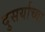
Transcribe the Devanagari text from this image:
दुसर्याच्या